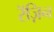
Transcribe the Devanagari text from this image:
रॅज़िन